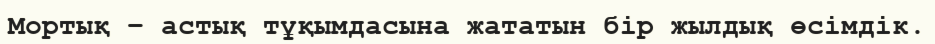
Мортық – астық тұқымдасына жататын бір жылдық өсімдік.